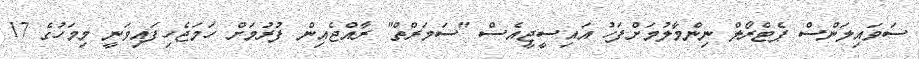
ސަވައިލަންސް ޕެޓްރޯލް ނިންމާލުމަށްފަހު އައިސީޖީއެސް "ސަމަރްތް" ރާއްޖެއިން ފުރުމަށް ހަމަޖެހިފައިވަނީ މިމަހުގެ 17